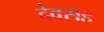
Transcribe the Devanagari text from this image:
देवसह